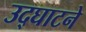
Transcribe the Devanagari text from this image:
उद्‌घाटने